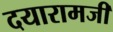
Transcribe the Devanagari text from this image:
दयारामजी